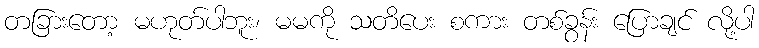
တခြားတော့ မဟုတ်ပါဘူး၊ မမကို သတိပေး စကား တစ်ခွန်း ပြောချင် လို့ပါ